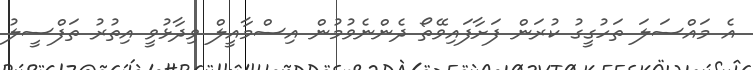
އެ މައްސަލަ ތަހުގީގު ކުރަން ފަށާފައިވޭތޯ ދެންނެވުމުން އިސްމާއީލް ވިދާޅުވީ އިތުރު ތަފްސީލު